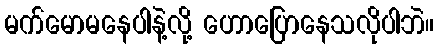
မက်မောမနေပါနဲ့လို့ ဟောပြောနေသလိုပါဘဲ။